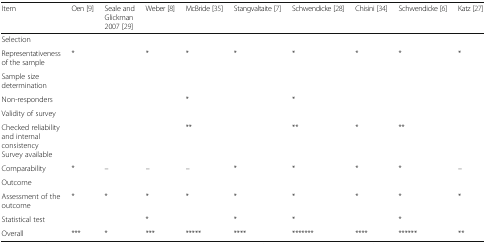
<table><thead><tr><td><b>Item</b></td><td><b>Oen [9]</b></td><td><b>Seale and Glickman 2007 [29]</b></td><td><b>Weber [8]</b></td><td><b>McBride [35]</b></td><td><b>Stangvaltaite [7]</b></td><td><b>Schwendicke [28]</b></td><td><b>Chisini [34]</b></td><td><b>Schwendicke [6]</b></td><td><b>Katz [27]</b></td></tr></thead><tbody><tr><td colspan="10">Selection</td></tr><tr><td>Representativeness of the sample</td><td>*</td><td></td><td>*</td><td>*</td><td>*</td><td>*</td><td>*</td><td>*</td><td>*</td></tr><tr><td>Sample size determination</td><td></td><td></td><td></td><td></td><td></td><td></td><td></td><td></td><td></td></tr><tr><td>Non-responders</td><td></td><td></td><td></td><td>*</td><td></td><td>*</td><td></td><td></td><td></td></tr><tr><td colspan="10">Validity of survey</td></tr><tr><td>Checked reliability and internal consistency Survey available</td><td></td><td></td><td></td><td>**</td><td></td><td>**</td><td>*</td><td>**</td><td></td></tr><tr><td>Comparability</td><td>*</td><td>–</td><td>–</td><td>–</td><td>*</td><td>*</td><td>*</td><td>*</td><td>–</td></tr><tr><td colspan="10">Outcome</td></tr><tr><td>Assessment of the outcome</td><td>*</td><td>*</td><td>*</td><td>*</td><td>*</td><td>*</td><td>*</td><td>*</td><td>*</td></tr><tr><td>Statistical test</td><td></td><td></td><td>*</td><td></td><td>*</td><td>*</td><td></td><td>*</td><td></td></tr><tr><td>Overall</td><td>***</td><td>*</td><td>***</td><td>*****</td><td>****</td><td>*******</td><td>****</td><td>******</td><td>**</td></tr></tbody></table>